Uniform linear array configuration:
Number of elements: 8
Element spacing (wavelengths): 1
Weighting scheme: cosine
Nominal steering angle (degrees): -30
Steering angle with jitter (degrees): -29.179
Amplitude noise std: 0.05
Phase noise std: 0.05

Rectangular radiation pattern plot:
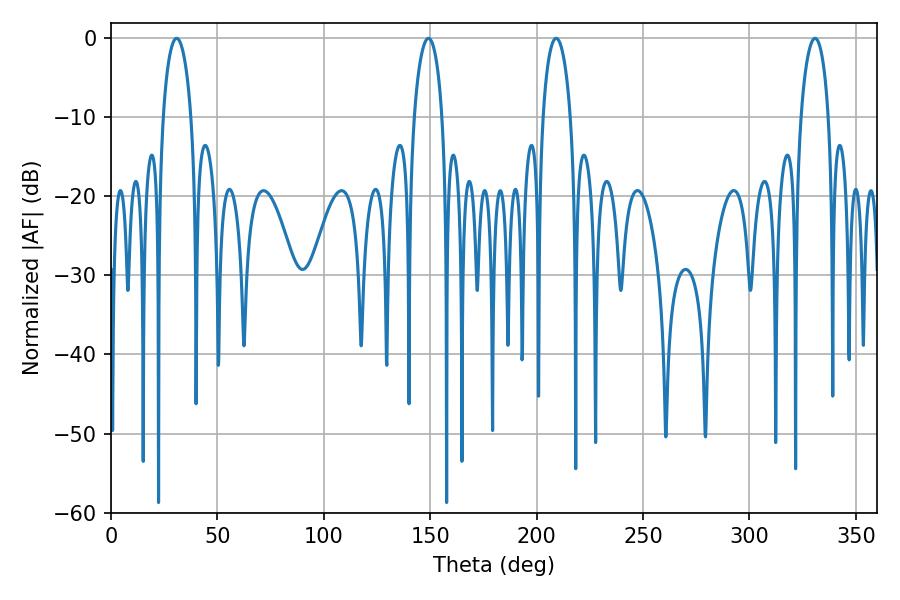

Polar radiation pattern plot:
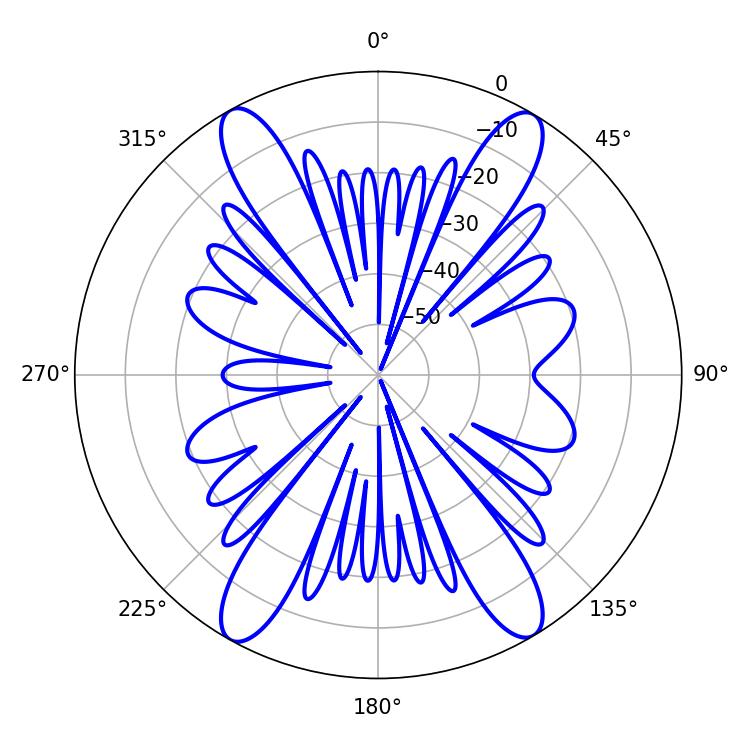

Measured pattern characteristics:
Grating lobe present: TRUE
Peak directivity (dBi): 22.421
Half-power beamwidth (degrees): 7.38
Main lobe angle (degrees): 209.16